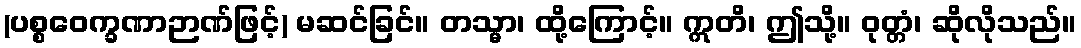
(ပစ္စဝေက္ခဏာဉာဏ်ဖြင့်) မဆင်ခြင်။ တသ္မာ၊ ထို့ကြောင့်။ ဣတိ၊ ဤသို့။ ဝုတ္တံ၊ ဆိုလိုသည်။